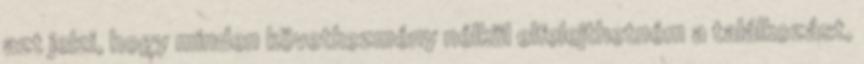
azt jelzi, hogy minden következmény nélkül elfelejthetném a találkozást,